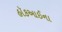
હૉકઆઈના